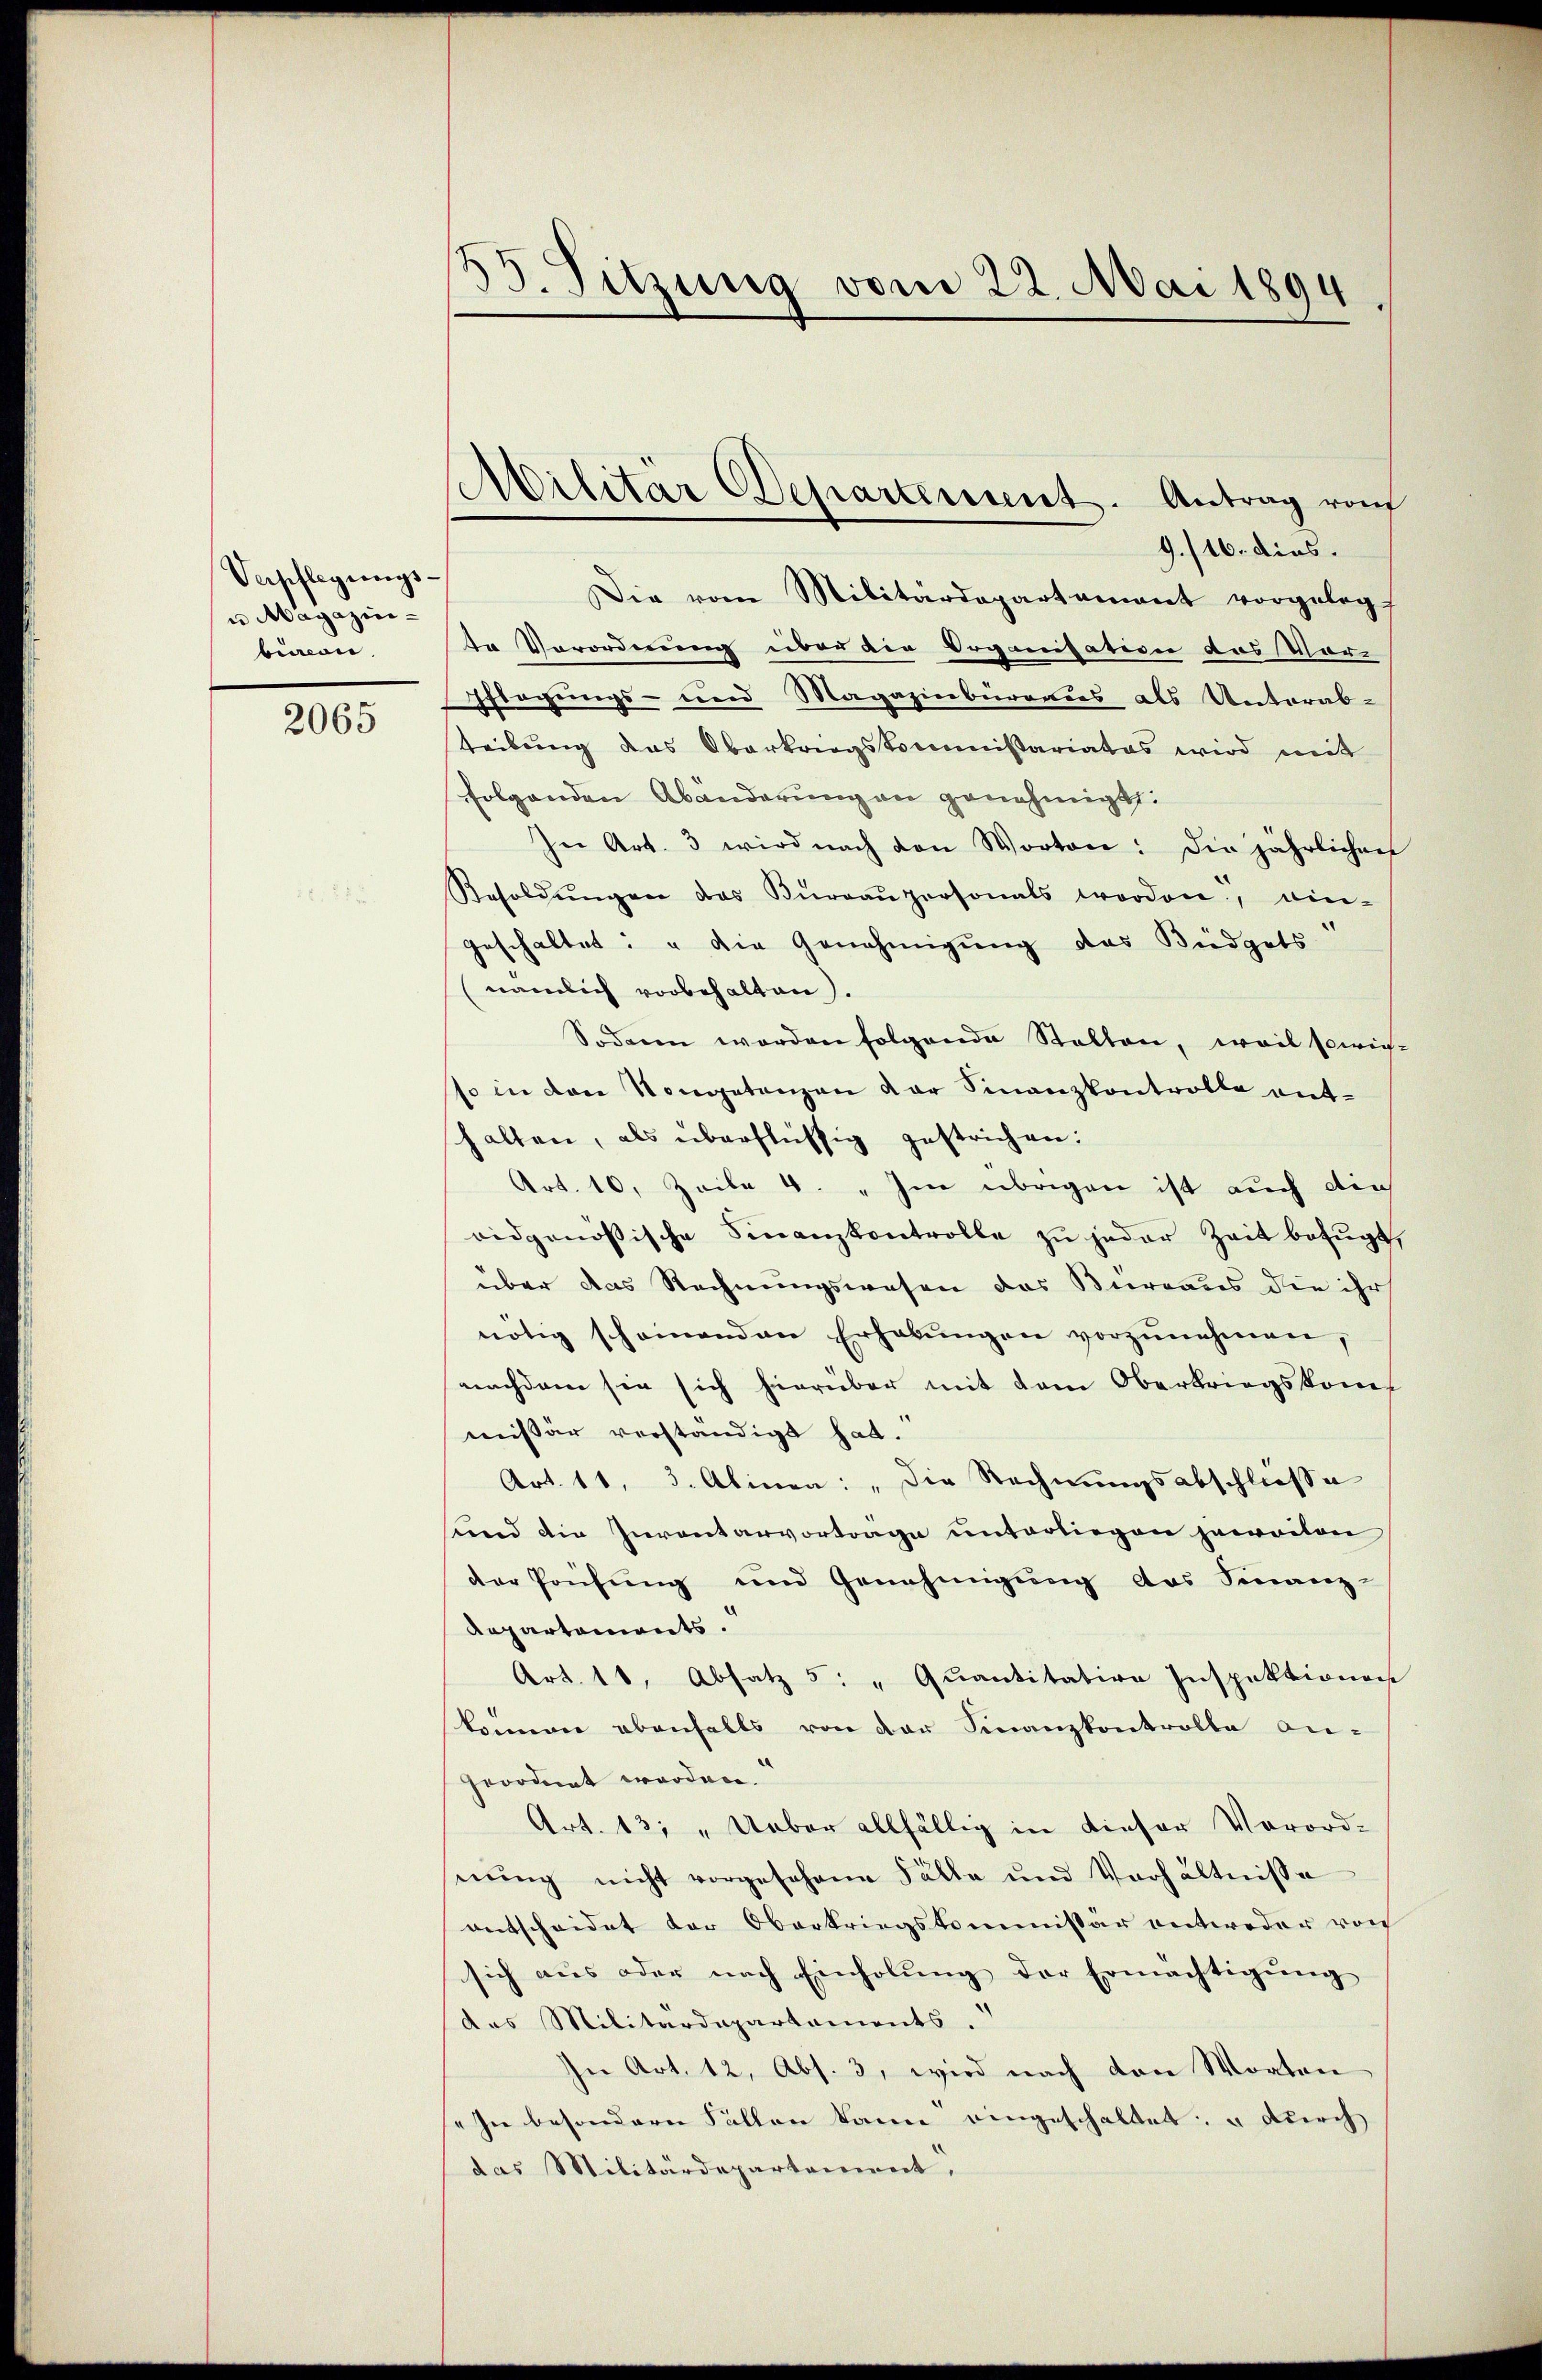
Verpflegungs-
u Magazin-
biacon

2065

9./16. dies.
Die vom Militärdepartement vorgelegt
te Vorordnung über die Organisation des Vor-
Pflegungs- und Magazinbüreaus als Unterab-
teibung das Oberkriegskommißariates wird mit
folgenden Abänderung an genehmigt:
In Art. 3 wird nach den Worten: die jährlichen
Resoldŭngen das Büreaŭpersonals worden, ein-
geschaltet: " die Genehmigung das Büdgets
(nämlich vorbehalten).
Sodann werden folgende Stalten, weil sowie-
so in den Vorgetanzen der Finanzkontrolle ent-
halten, als überflüssig gestrichen:
Art. 10. Zeile 4. „ Im übrigen ist auch die
eidgenössische Finanzkontrolle zu jeder Zeit befugt,
über das Rechnungswesen das Bureaus die ihr
nötig scheinenden Erhabŭngen vorzunehmen,
nachdem sie sich hierüber mit dem Oberkriegskommt
missär verständigt hat.
Art. 11. 3. Alinea: „Die Rechnungsabschlüsse
send die Inventarvortrage unterliegen jeweiten
der Prüfung und Genehmigung des Finanz-
Repartements.
Art. 11, Absatz 5: " Quantitation Inspektionen
können ebenfalls von der Finanzkontrolle an-
geordnet worden.
Art. 13; „Ueber allfällig in dieser Vorord-
nŭng nicht vorgesehene Fälle und Verhältnisse
entscheidet der Oberkriegskommissär entweder von
sich aus oder nach Einholung der Ermächtigung
des Militärdepartements
In Art. 12, Abs. 3, wird nach den Worten
In besondern Fällen kann eingeschaltet, u durch
das Militärdepartement,

33. Sitzung vom 22. Mai 1894

Militär Departement. Antrag vom